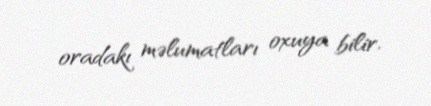
oradakı məlumatları oxuya bilir.